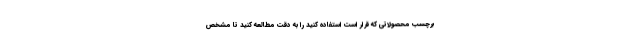
برچسب محصولاتی که قرار است استفاده کنید را به دقت مطالعه کنید تا مشخص